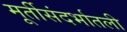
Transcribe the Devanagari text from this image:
मूर्तीसंदर्भातली